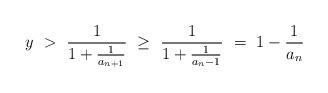
LaTeX: \begin{align*}y ~>~ \frac{1}{1 + \frac{1}{a_{n + 1}}} ~\geq~ \frac{1}{1 + \frac{1}{a_n - 1}} ~=~ 1 - \frac{1}{a_n}\end{align*}